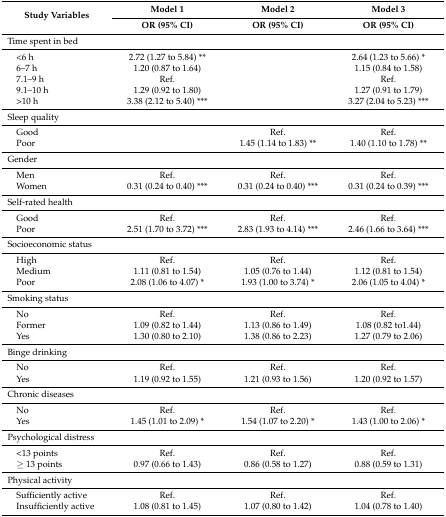
<table><thead><tr><td rowspan="2"><b>Study Variables</b></td><td><b>Model 1</b></td><td><b>Model 2</b></td><td><b>Model 3</b></td></tr><tr><td><b>OR (95% CI)</b></td><td><b>OR (95% CI)</b></td><td><b>OR (95% CI)</b></td></tr></thead><tbody><tr><td>Time spent in bed</td><td></td><td></td><td></td></tr><tr><td> &lt;6 h</td><td>2.72 (1.27 to 5.84) **</td><td></td><td>2.64 (1.23 to 5.66) *</td></tr><tr><td> 6–7 h</td><td>1.20 (0.87 to 1.64)</td><td></td><td>1.15 (0.84 to 1.58)</td></tr><tr><td> 7.1–9 h</td><td>Ref.</td><td></td><td>Ref.</td></tr><tr><td> 9.1–10 h</td><td>1.29 (0.92 to 1.80)</td><td></td><td>1.27 (0.91 to 1.79)</td></tr><tr><td> &gt;10 h</td><td>3.38 (2.12 to 5.40) ***</td><td></td><td>3.27 (2.04 to 5.23) ***</td></tr><tr><td>Sleep quality</td><td></td><td></td><td></td></tr><tr><td> Good</td><td></td><td>Ref.</td><td>Ref.</td></tr><tr><td> Poor</td><td></td><td>1.45 (1.14 to 1.83) **</td><td>1.40 (1.10 to 1.78) **</td></tr><tr><td>Gender</td><td></td><td></td><td></td></tr><tr><td> Men</td><td>Ref.</td><td>Ref.</td><td>Ref.</td></tr><tr><td> Women</td><td>0.31 (0.24 to 0.40) ***</td><td>0.31 (0.24 to 0.40) ***</td><td>0.31 (0.24 to 0.39) ***</td></tr><tr><td>Self-rated health</td><td></td><td></td><td></td></tr><tr><td> Good</td><td>Ref.</td><td>Ref.</td><td>Ref.</td></tr><tr><td> Poor</td><td>2.51 (1.70 to 3.72) ***</td><td>2.83 (1.93 to 4.14) ***</td><td>2.46 (1.66 to 3.64) ***</td></tr><tr><td>Socioeconomic status</td><td></td><td></td><td></td></tr><tr><td> High</td><td>Ref.</td><td>Ref.</td><td>Ref.</td></tr><tr><td> Medium</td><td>1.11 (0.81 to 1.54)</td><td>1.05 (0.76 to 1.44)</td><td>1.12 (0.81 to 1.54)</td></tr><tr><td> Poor</td><td>2.08 (1.06 to 4.07) *</td><td>1.93 (1.00 to 3.74) *</td><td>2.06 (1.05 to 4.04) *</td></tr><tr><td>Smoking status</td><td></td><td></td><td></td></tr><tr><td> No</td><td>Ref.</td><td>Ref.</td><td>Ref.</td></tr><tr><td> Former</td><td>1.09 (0.82 to 1.44)</td><td>1.13 (0.86 to 1.49)</td><td>1.08 (0.82 to1.44)</td></tr><tr><td> Yes</td><td>1.30 (0.80 to 2.10)</td><td>1.38 (0.86 to 2.23)</td><td>1.27 (0.79 to 2.06)</td></tr><tr><td>Binge drinking</td><td></td><td></td><td></td></tr><tr><td> No</td><td>Ref.</td><td>Ref.</td><td>Ref.</td></tr><tr><td> Yes</td><td>1.19 (0.92 to 1.55)</td><td>1.21 (0.93 to 1.56)</td><td>1.20 (0.92 to 1.57)</td></tr><tr><td>Chronic diseases</td><td></td><td></td><td></td></tr><tr><td> No</td><td>Ref.</td><td>Ref.</td><td>Ref.</td></tr><tr><td> Yes</td><td>1.45 (1.01 to 2.09) *</td><td>1.54 (1.07 to 2.20) *</td><td>1.43 (1.00 to 2.06) *</td></tr><tr><td>Psychological distress</td><td></td><td></td><td></td></tr><tr><td> &lt;13 points</td><td>Ref.</td><td>Ref.</td><td>Ref.</td></tr><tr><td> ≥ 13 points</td><td>0.97 (0.66 to 1.43)</td><td>0.86 (0.58 to 1.27)</td><td>0.88 (0.59 to 1.31)</td></tr><tr><td>Physical activity</td><td></td><td></td><td></td></tr><tr><td> Sufficiently active</td><td>Ref.</td><td>Ref.</td><td>Ref.</td></tr><tr><td> Insufficiently active</td><td>1.08 (0.81 to 1.45)</td><td>1.07 (0.80 to 1.42)</td><td>1.04 (0.78 to 1.40)</td></tr></tbody></table>